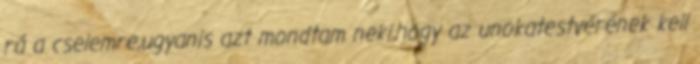
rá a cselemre,ugyanis azt mondtam neki,hogy az unokatestvérének kell